Note on the mental hospitals in Burma - 1925-1940
Year: 1925
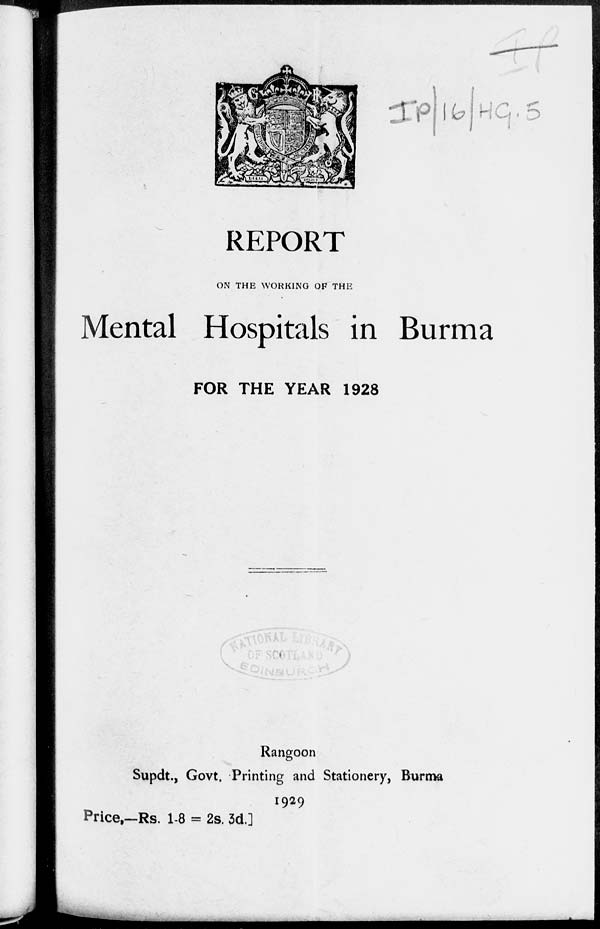
REPORT
ON THE WORKING OF THE
Mental Hospitals in Burma
FOR THE YEAR 1928
Rangoon
Supdt., Govt. Printing and Stationery, Burma
1929
Price.—Rs. 1-8 = 2s. 3d.]